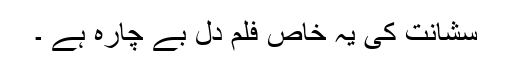
سشانت کی یہ خاص فلم دل بے چارہ ہے ۔